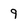
Character: 9